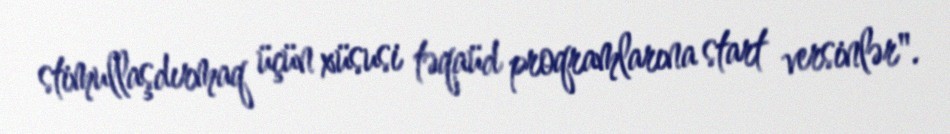
stimullaşdırmaq üçün xüsusi təqaüd proqramlarına start versinlər".